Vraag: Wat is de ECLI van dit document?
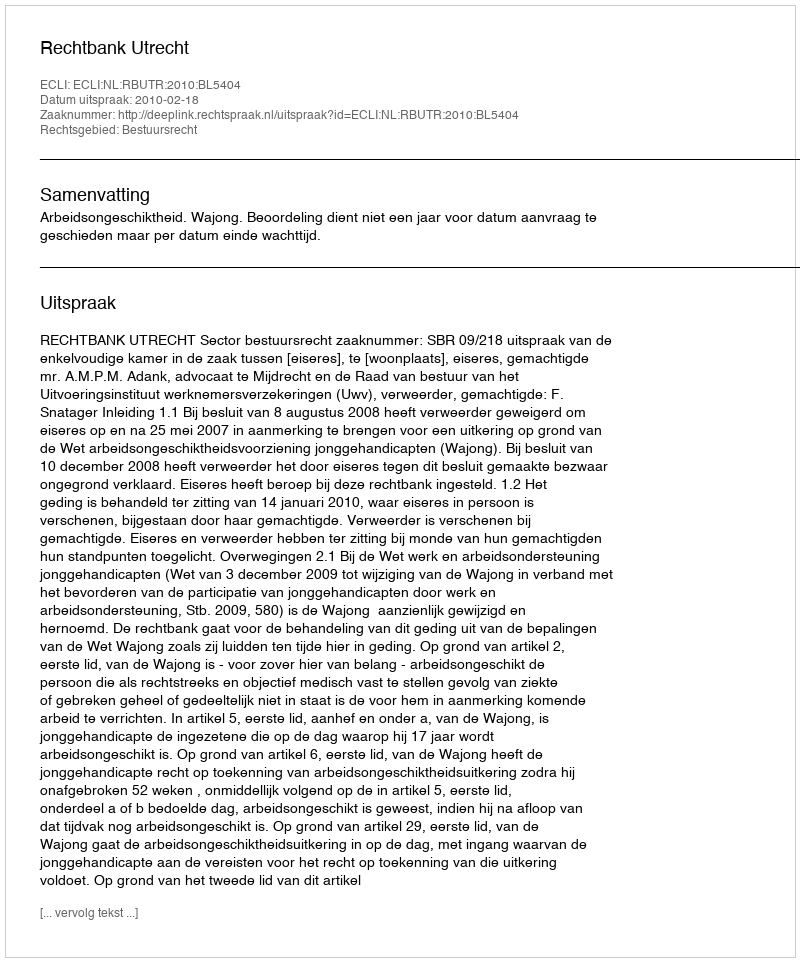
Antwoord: ECLI:NL:RBUTR:2010:BL5404